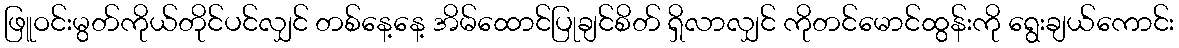
ဖြူဝင်းမွတ်ကိုယ်တိုင်ပင်လျှင် တစ်နေ့နေ့ အိမ်ထောင်ပြုချင်စိတ် ရှိလာလျှင် ကိုတင်မောင်ထွန်းကို ရွေးချယ်ကောင်း